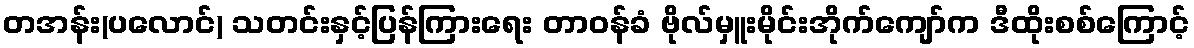
တအန်း(ပလောင်) သတင်းနှင့်ပြန်ကြားရေး တာဝန်ခံ ဗိုလ်မှူးမိုင်းအိုက်ကျော်က ဒီထိုးစစ်ကြောင့်